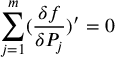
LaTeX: \sum _ { j = 1 } ^ { m } ( \frac { \delta f } { \delta P _ { j } } ) ^ { \prime } = 0